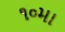
૧૦મા